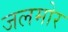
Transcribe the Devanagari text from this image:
जलमोर